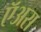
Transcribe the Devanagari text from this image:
ऍअरा